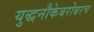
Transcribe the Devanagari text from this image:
युद्धनौकेबरोबरच